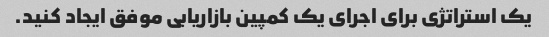
یک استراتژی برای اجرای یک کمپین بازاریابی موفق ایجاد کنید.